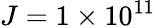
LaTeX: J=1\times 10^{11}